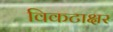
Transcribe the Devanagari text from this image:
विकटाक्षर